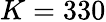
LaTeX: K=330